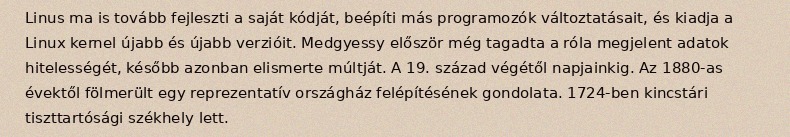
Linus ma is tovább fejleszti a saját kódját, beépíti más programozók változtatásait, és kiadja a Linux kernel újabb és újabb verzióit. Medgyessy először még tagadta a róla megjelent adatok hitelességét, később azonban elismerte múltját. A 19. század végétől napjainkig. Az 1880-as évektől fölmerült egy reprezentatív országház felépítésének gondolata. 1724-ben kincstári tiszttartósági székhely lett.